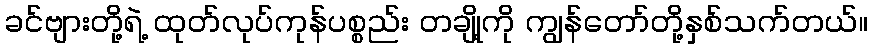
ခင်ဗျားတို့ရဲ့ ထုတ်လုပ်ကုန်ပစ္စည်း တချို့ကို ကျွန်တော်တို့နှစ်သက်တယ်။